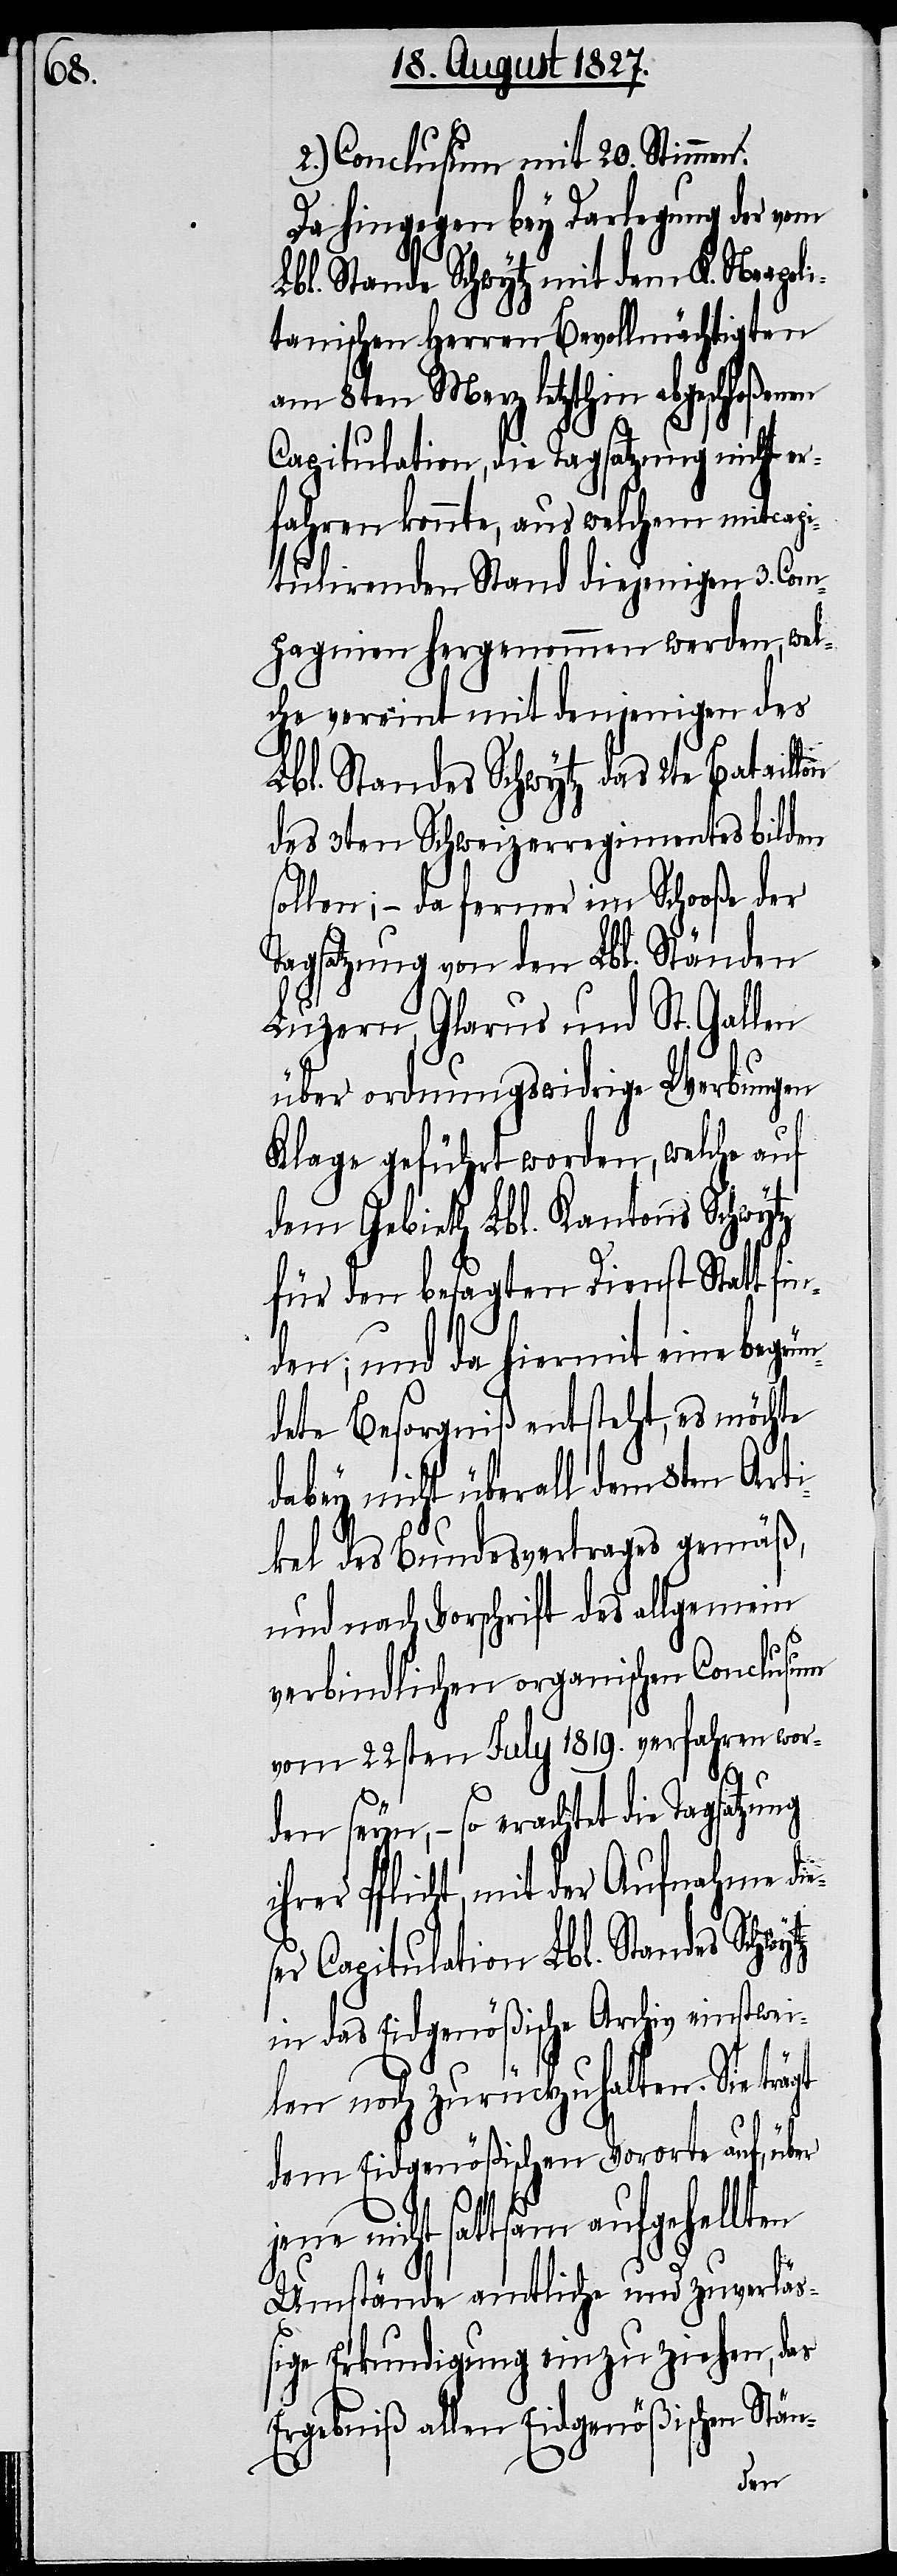
ihr¬

Conclusum mit 20. Stimmen.
Da hingegen bey Darlegung der vom
Lbl. Stande Schwytz mit dem K. Neapoli¬
tanischen Herren Bevollmächtigten
am 8ten Merz letzthin abgeschloßenen
Capitulation, die Tagsatzung nicht er¬
fahren konnte, aus welchem mitcapi¬
tulirenden Stand diejenigen 3. Com¬
pagnien hergenommen werden, wel¬
che vereint mit denjenigen des
Lbl. Standes Schwytz das 2te Bataillon
des 3ten Schweizerrregimentes bilden
sollen; – da ferner im Schooße der
Tagsatzung von den Lbl. Ständen
Luzern, Glarus und St. Gallen
über ordnungswidrige Werbungen
Klage geführt worden, welche auf
dem Gebieth Lbl. Kantons Schwytz
für den besagten Dienst Statt fin¬
den; und da hiermit eine begrün¬
dete Besorgniß entsteht, es möchte
dabey nicht überall dem 8ten Arti¬
kel des Bundesvertrages gemäß,
und nach Vorschrift des allgemein
verbindlichen organischen Conclusum
vom 22sten July 1819. verfahren wor¬
den seyn, – so erachtet die Tagsatzung
er Pflicht, mit der Aufnahme die¬
ser Capitulation Lbl. Standes Schwy¬
in das Eidgenößische Archiv einstwei¬
tz
len noch zurückzuhalten. Sie trägt
dem Eidgenößischen Vororte auf, über
jene nicht sattsam aufgehellten
Umstände amtliche und zuverläß¬
ige Erkundigung einzuziehen, das
Ergebniß allen Eidgenößischen Stän-